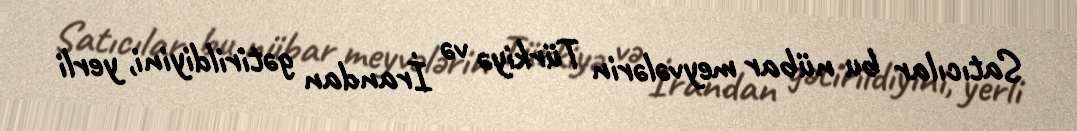
Satıcılar bu nübar meyvələrin Türkiyə və İrandan gətirildiyini, yerli